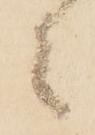
々